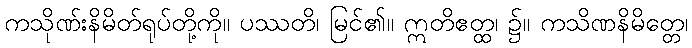
ကသိုဏ်းနိမိတ်ရုပ်တို့ကို။ ပဿတိ၊ မြင်၏။ ဣတိဧတ္ထ၊ ၌။ ကသိဏနိမိတ္တေ၊